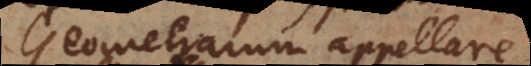
Geometrarum appellare